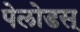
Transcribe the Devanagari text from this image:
पेलोडस्